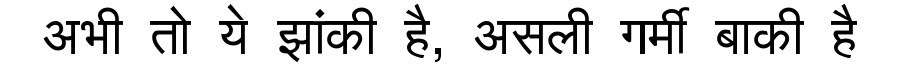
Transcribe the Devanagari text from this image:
अभी तो ये झांकी है, असली गर्मी बाकी है